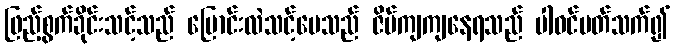
ဖြည့်စွက်ခိုင်းသင့်သည် ပြောင်းလဲသင့်ပေသည် ဇိမ်ကျကျနေရသည် ပါဝင်ပတ်သက်၍